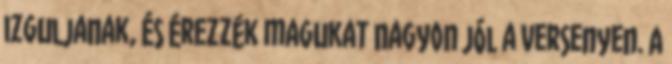
izguljanak, és érezzék magukat nagyon jól a versenyen. A